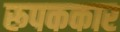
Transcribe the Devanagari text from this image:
रूपककार